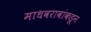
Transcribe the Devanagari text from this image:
माधवरावांकडून